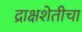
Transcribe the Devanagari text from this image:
द्राक्षशेतीचा